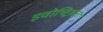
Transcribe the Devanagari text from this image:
इवोच्छ्रितः